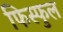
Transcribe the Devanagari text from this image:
फिस्फुल